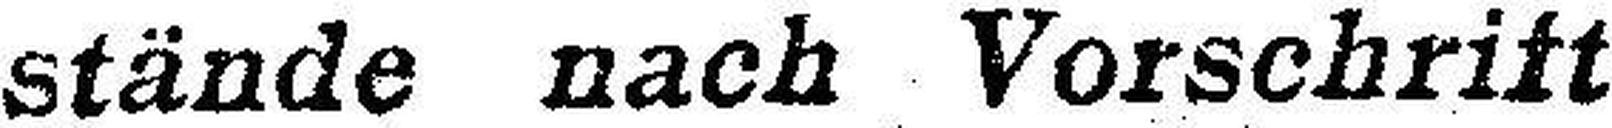
stände nach Vorschrift